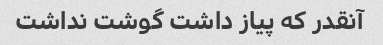
آنقدر که پیاز داشت گوشت نداشت